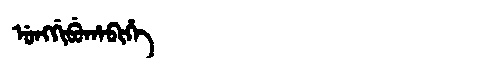
Manchu: ᡠᠩᡤᡳᠪᡠᡥᠠᠪᡳᡥᡝ
Romanization: UNGGIBUHABIHE